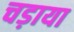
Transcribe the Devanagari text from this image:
चड़ाया